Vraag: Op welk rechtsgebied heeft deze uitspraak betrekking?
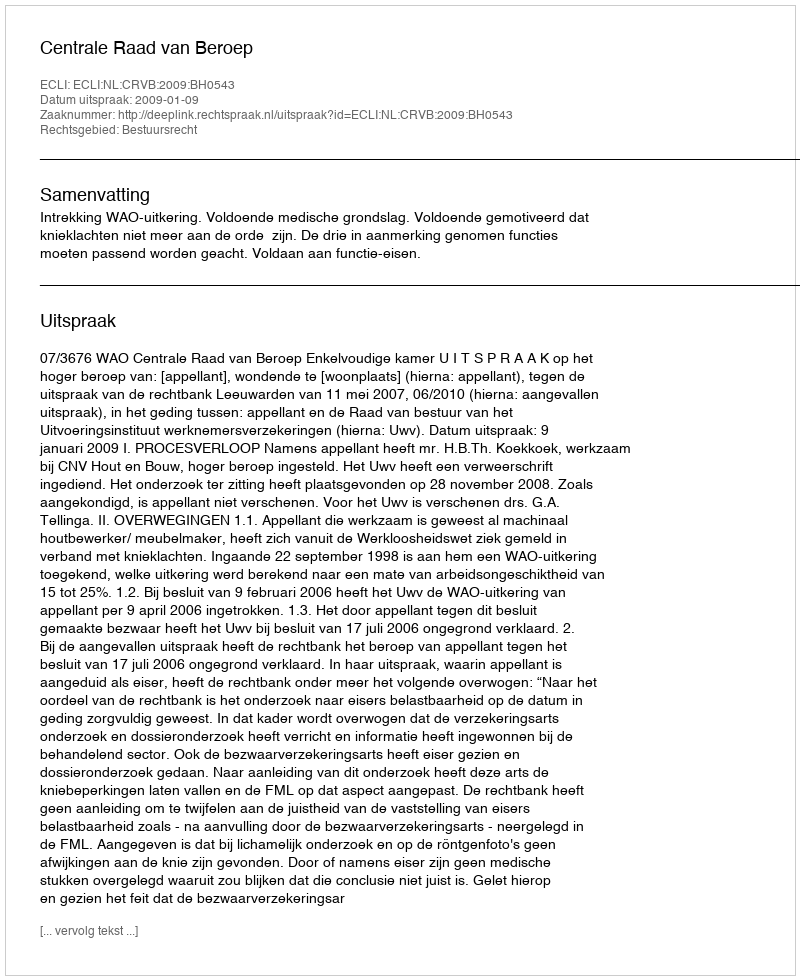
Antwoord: Bestuursrecht